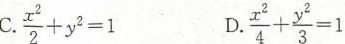
C. $$\frac{x^{2}}{2} + y^{2} = 1$$ D. $$\frac{x^{2}}{4} + \frac{y^{2}}{3} = 1$$